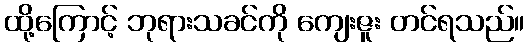
ထို့ကြောင့် ဘုရားသခင်ကို ကျေးဇူး တင်ရသည်။